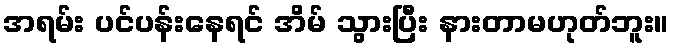
အရမ်း ပင်ပန်းနေရင် အိမ် သွားပြီး နားတာမဟုတ်ဘူး။